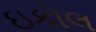
ઇકોલ